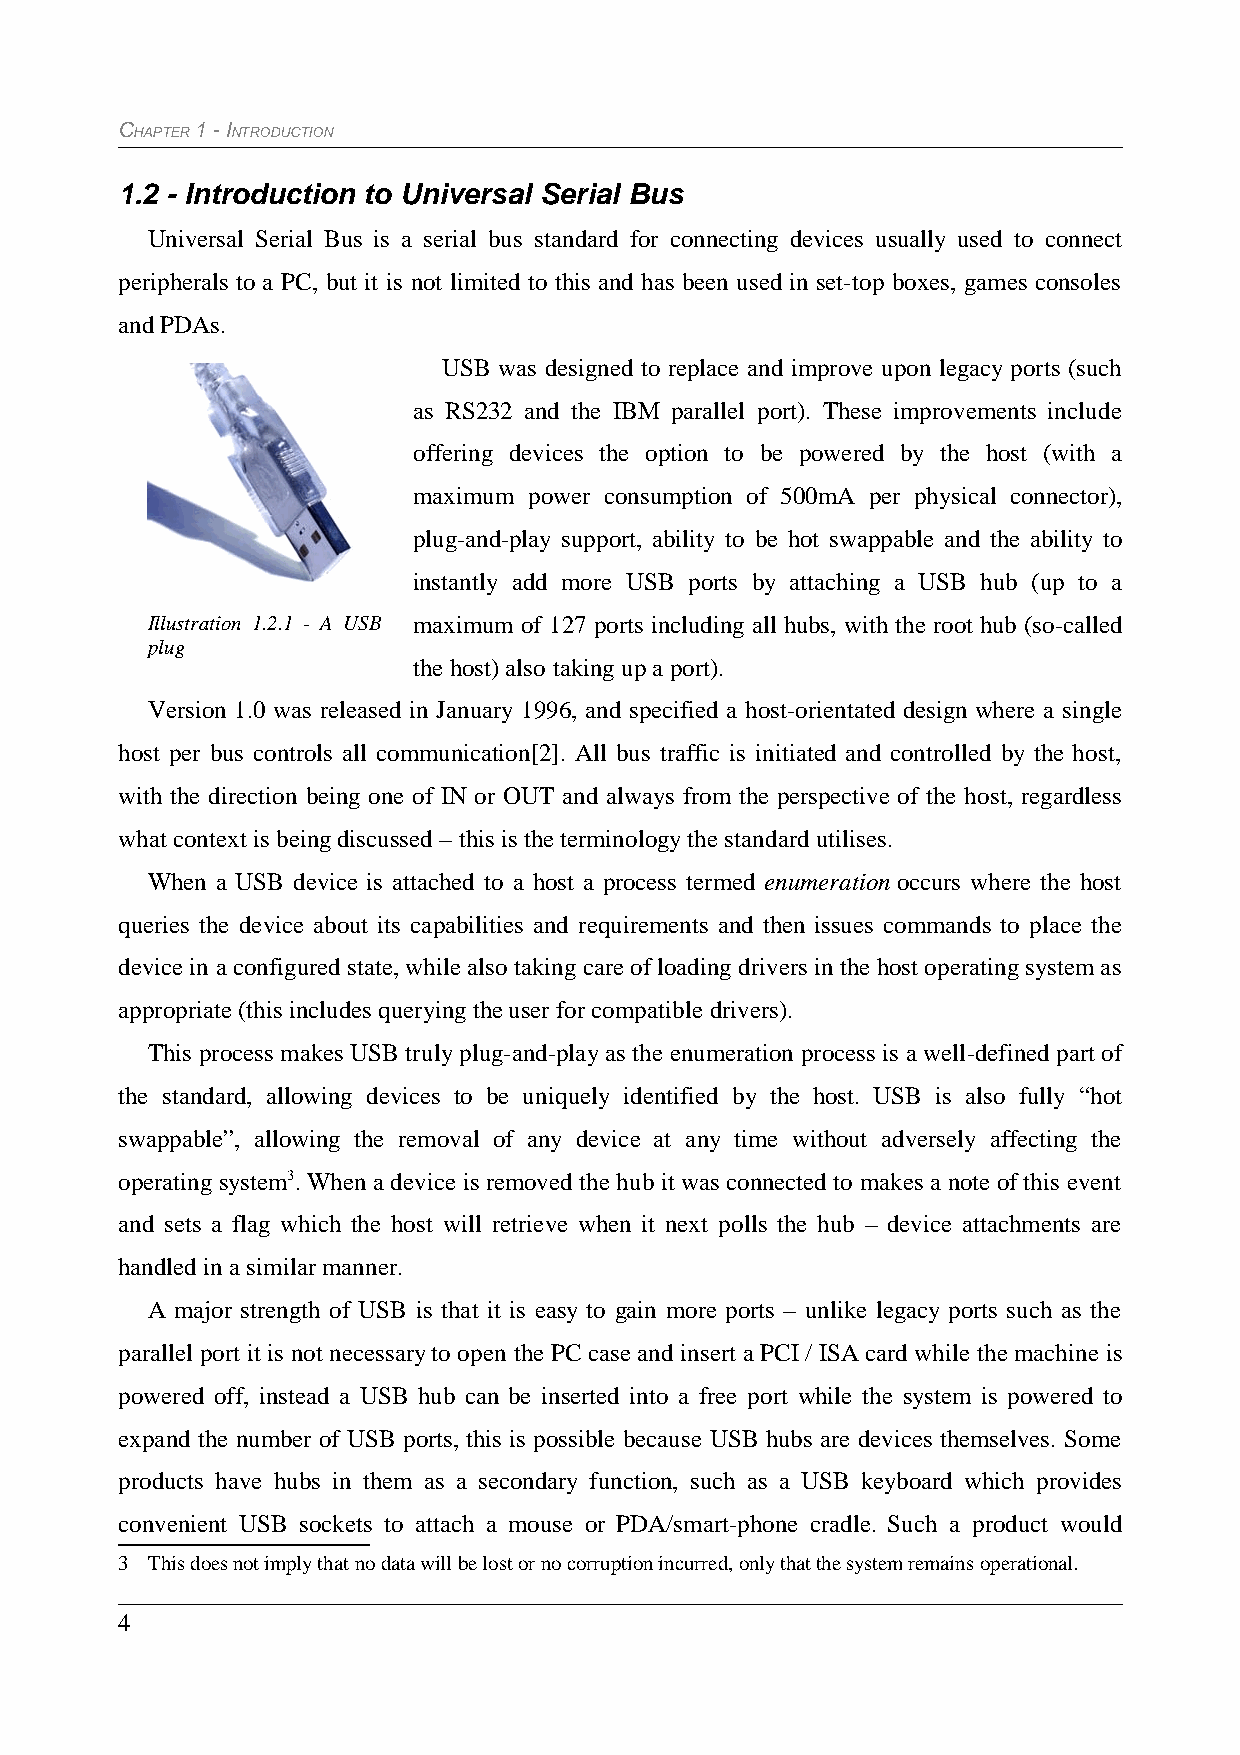
CHAPTER 1 - INTRODUCTION
 1.2 - Introduction to Universal Serial Bus
 Universal Serial Bus is a serial bus standard for connecting devices usually used to connect
 peripherals to a PC, but it is not limited to this and has been used in set-top boxes, games consoles
 and PDAs.
 USB was designed to replace and improve upon legacy ports (such
 as RS232 and the IBM parallel port). These improvements include
 offering devices the option to be powered by the host (with a
 maximum power consumption of 500mA per physical connector),
 plug-and-play support, ability to be hot swappable and the ability to
 instantly add more USB ports by attaching a USB hub (up to a
 Illustration 1.2.1 - A USB maximum of 127 ports including all hubs, with the root hub (so-called
 plug
 the host) also taking up a port).
 Version 1.0 was released in January 1996, and specified a host-orientated design where a single
 host per bus controls all communication[2]. All bus traffic is initiated and controlled by the host,
 with the direction being one of IN or OUT and always from the perspective of the host, regardless
 what context is being discussed – this is the terminology the standard utilises.
 When a USB device is attached to a host a process termed enumeration occurs where the host
 queries the device about its capabilities and requirements and then issues commands to place the
 device in a configured state, while also taking care of loading drivers in the host operating system as
 appropriate (this includes querying the user for compatible drivers).
 This process makes USB truly plug-and-play as the enumeration process is a well-defined part of
 the standard, allowing devices to be uniquely identified by the host. USB is also fully “hot
 swappable”, allowing the removal of any device at any time without adversely affecting the
 operating system3. When a device is removed the hub it was connected to makes a note of this event
 and sets a flag which the host will retrieve when it next polls the hub – device attachments are
 handled in a similar manner.
 A major strength of USB is that it is easy to gain more ports – unlike legacy ports such as the
 parallel port it is not necessary to open the PC case and insert a PCI / ISA card while the machine is
 powered off, instead a USB hub can be inserted into a free port while the system is powered to
 expand the number of USB ports, this is possible because USB hubs are devices themselves. Some
 products have hubs in them as a secondary function, such as a USB keyboard which provides
 convenient USB sockets to attach a mouse or PDA/smart-phone cradle. Such a product would
 3 This does not imply that no data will be lost or no corruption incurred, only that the system remains operational.
 4